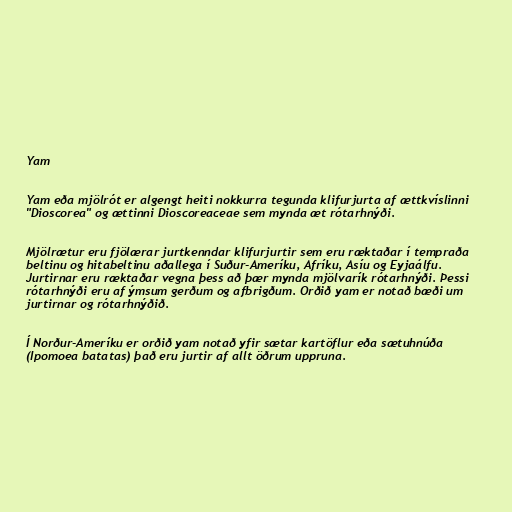
Yam

Yam eða mjölrót er algengt heiti nokkurra tegunda klifurjurta af ættkvíslinni
"Dioscorea" og ættinni Dioscoreaceae sem mynda æt rótarhnýði.

Mjölrætur eru fjölærar jurtkenndar klifurjurtir sem eru ræktaðar í tempraða
beltinu og hitabeltinu aðallega í Suður-Ameríku, Afríku, Asíu og Eyjaálfu.
Jurtirnar eru ræktaðar vegna þess að þær mynda mjölvarík rótarhnýði. Þessi
rótarhnýði eru af ýmsum gerðum og afbrigðum. Orðið yam er notað bæði um
jurtirnar og rótarhnýðið.

Í Norður-Ameríku er orðið yam notað yfir sætar kartöflur eða sætuhnúða
(Ipomoea batatas) það eru jurtir af allt öðrum uppruna.